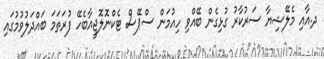
ދ.އާއި މެލޭޝިޔާ ސަރުކާރު ގުޅިގެން ބޭއްވި ހިއުމަން ސްޕޭސް ޓެކްނޮލޮޖީއާބެހޭ ފުރަތަމަ ބައްދަލުވުމުގައި